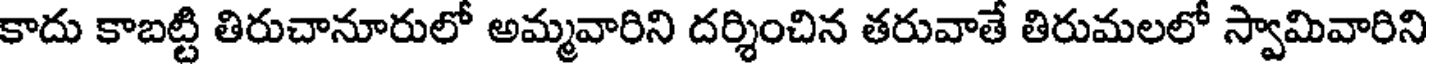
కాదు కాబట్టి తిరుచానూరులో అమ్మవారిని దర్శించిన తరువాతే తిరుమలలో స్వామివారిని